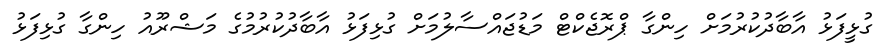
ގުޅީފަޅު އާބާދުކުރުމަށް ހިންގާ ޕްރޮޖެކްޓް މަޑުޖައްސާލުމަށް ގުޅިފަޅު އާބާދުކުރުމުގެ މަޝްރޫއު ހިންގާ ގުޅިފަޅު